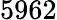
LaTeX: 5962